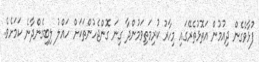
ފުޅާވެގެން ދިއުމުން އަތޮޅުތެރޭގައި މިހާރު ކުރިމަތިވަމުންދާ ގިނަ ގޮންޖެހުންތަކަށް ހައްލު ލިބިގެންދާނެ ކަމަށެވެ.